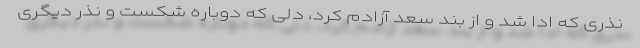
نذری که ادا شد و از بند سعد آزادم کرد، دلی که دوباره شکست و نذر دیگری